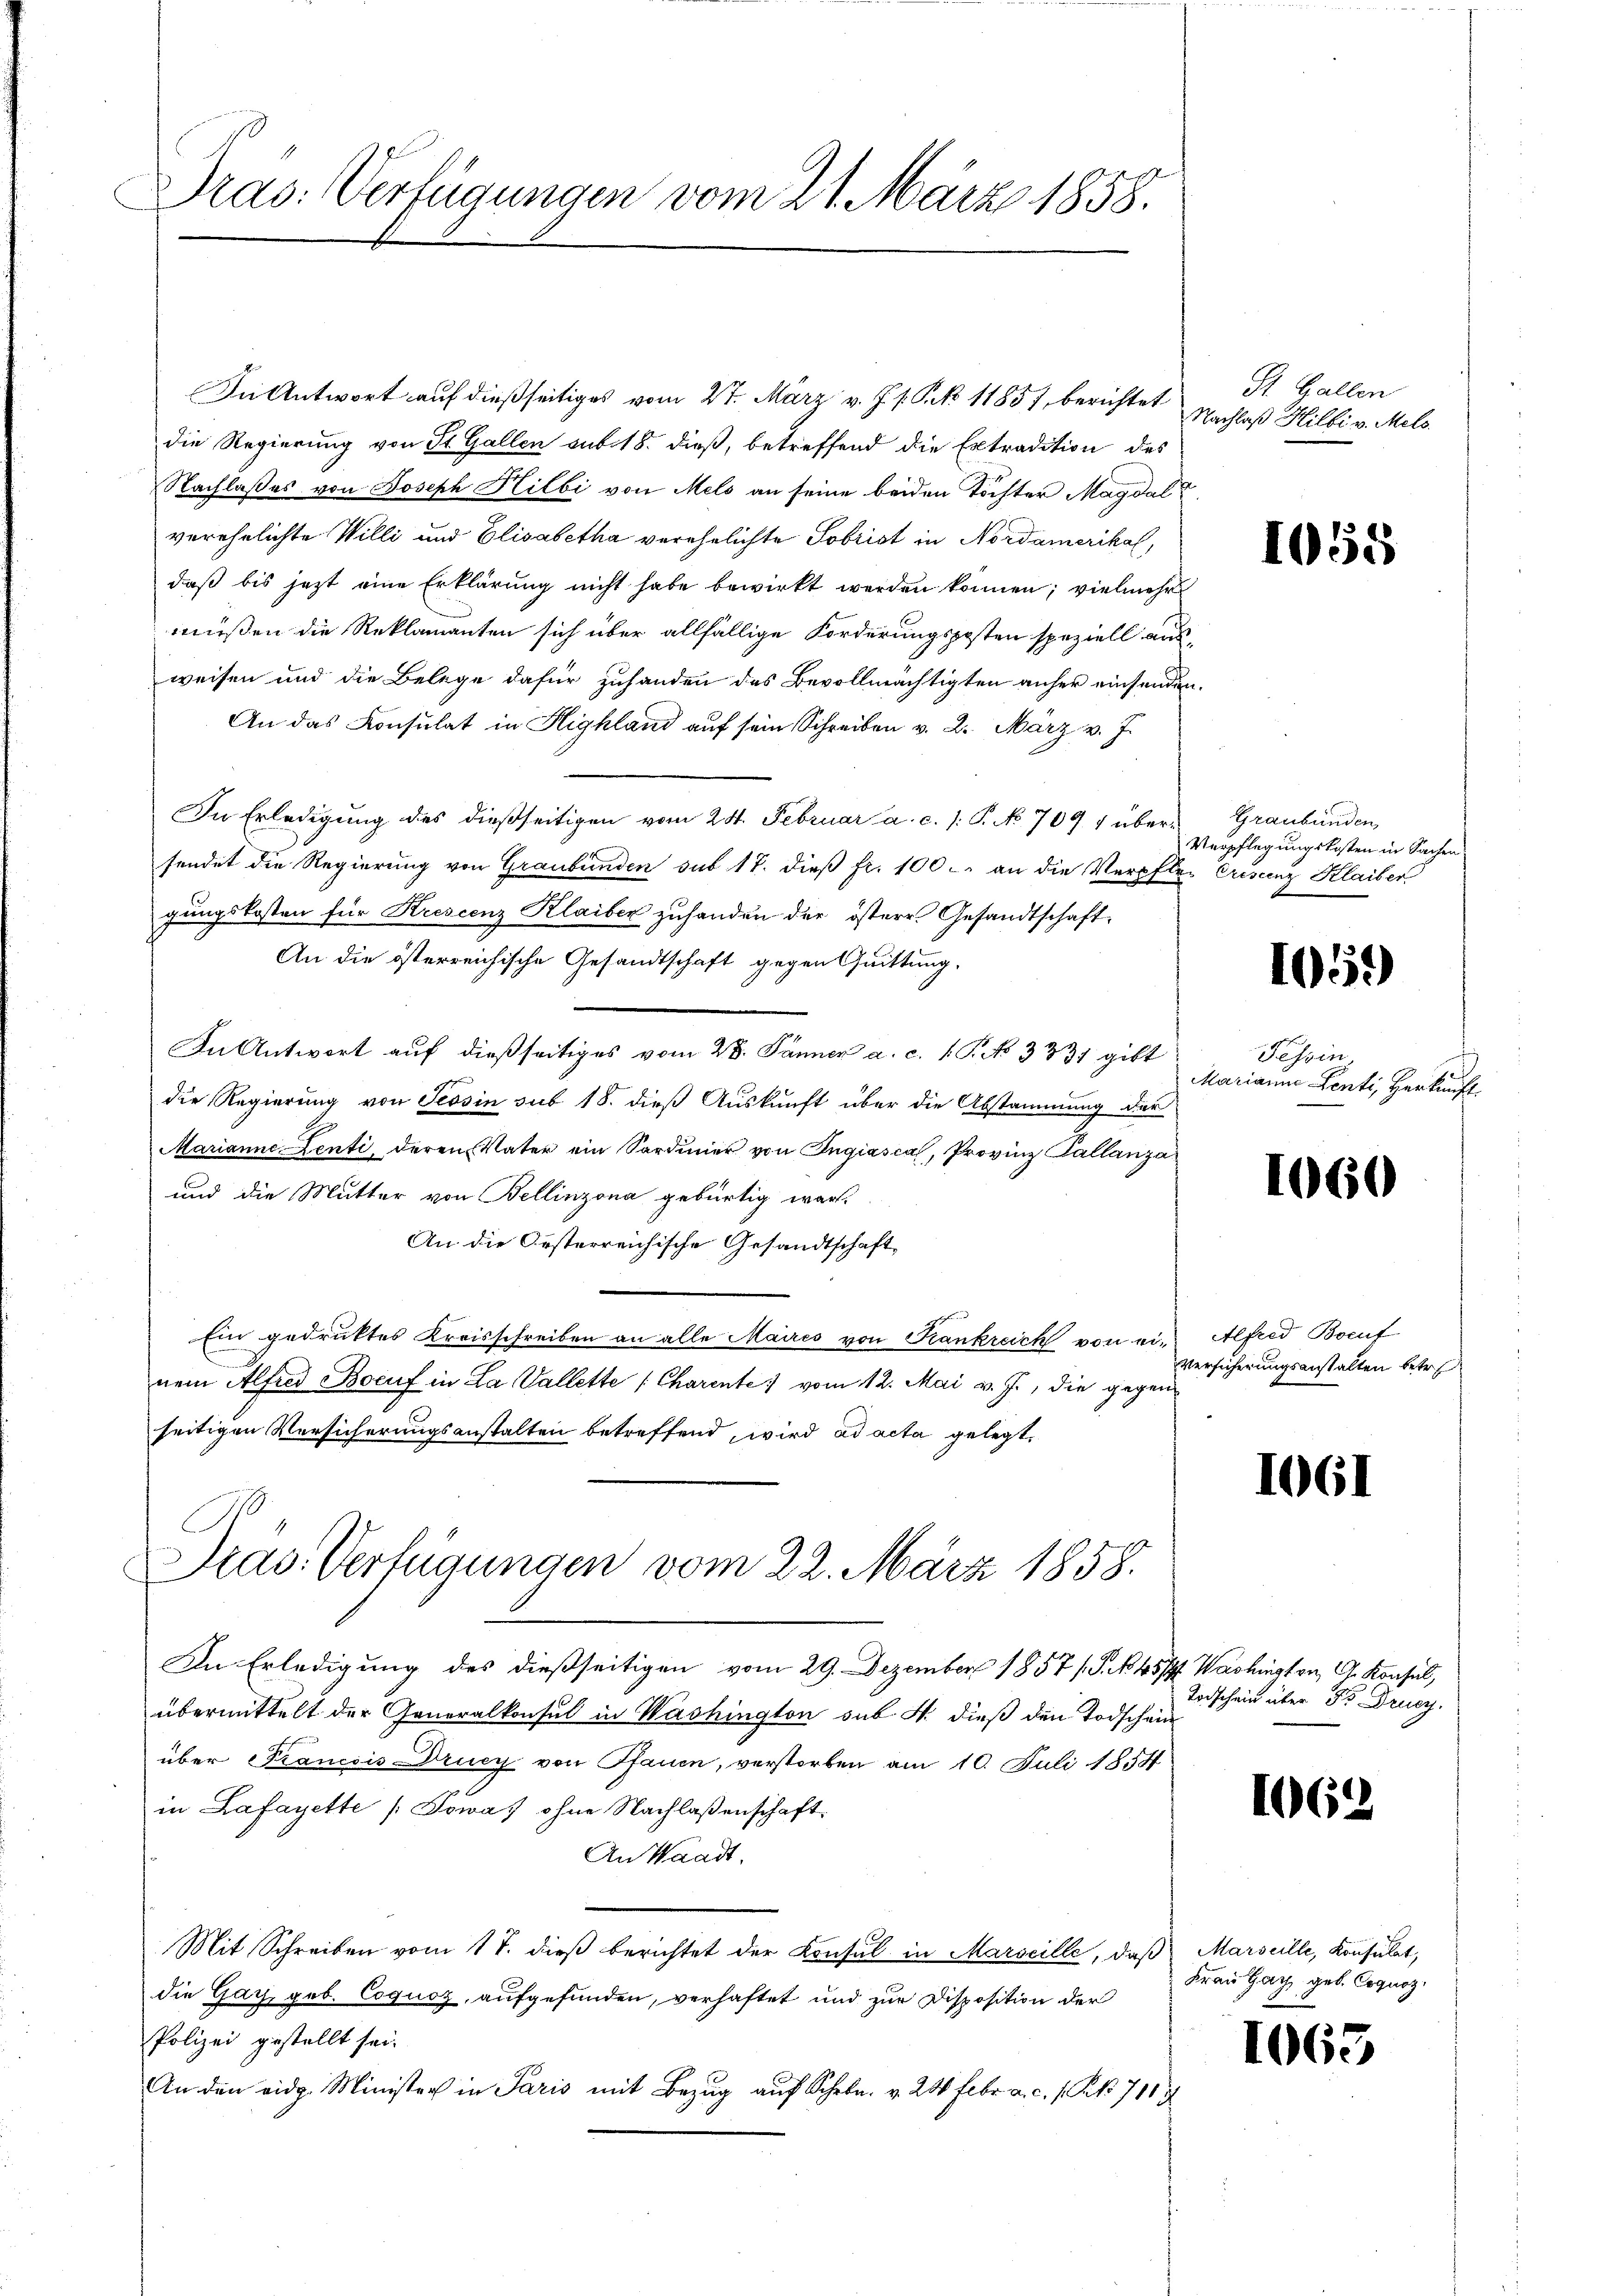
Pras: Verfügungen vom 21. März 1858.

In Antwort auf dießseitiges vom 27. März v. J. s. S. 11857 berichtet
die Regierung von St. Gallen sub 18. dieß, betreffend die Extradition des
Nachlaßes von Joseph Hilbi von Melo an seine beiden Töchter Magdal
verehelichte Willi und Elisabetha verehelichte Sobrist in Nordamerikal,
daß bis jezt eine Erklärung nicht habe bewirkt werden können; vielmehr
müßen die Reklamanten sich über allfällige Forderungsposten speziell aus
weisen und die Belege dafür zuhanden das Bevollmächtigten anher einsendig
An das Konsulat in Highland auf sein Schreiben v. 2. März v. J.
In Erledigung des dießseitigen vom 28. Februar a. c. /: P. No 709 1 über-
sendet die Regierung von Graubünden sub 17. dieß fr. 100. an die Verpfler Crisung Klaiber
gungskosten für Krescenz Klaiber zuhanden der österr. Gesandtschaft,
An die österreichische Gesandtschaft gegen Quittung.
In Antwort auf dießseitiges vom 28. Jänner a. c. 1 S. 333 gibt
die Regierung von Tessin sub 18. dieß Auskunft über die Abstammung der
Marianne Zenti, deren Vater ein Sardinier von Ingiascal, Provinz Tallanza
und die Mutter von Bellinzona gebürtig war.
An die Oesterreichische Gesandtschaft
Ein gedruktes Kreisschreiben an alle Maires von Krankreich von ein Alfred Bocut
nem Alfred Bocuf in La Vallette (Charente: vom 12. Mai v. J., die gegenseitigen Versicherungsanstalten betreffend, wird ad acta gelegt.
Pras. Verfügungen vom 22. März 1858.
In Erledigung des dießseitigen vom 29. Dezember 1857 / S. N. 45 ff. Washington, G. Konsul,
übermittelt der Generalkonsul in Washington sub. 4. dieß den Todschein
über Franccis-Drucy von Pfauen, verstorben am 10. Juli 1854
in Lafayette (Sowa, ohne Nachlaßenschaft
An Waadt,
Mit Schreiben vom 17. dieβ berichtet der Konsul in Marseille, daß Marseille, Konsulat,
die Gay, geb. Coquoz, aufgefunden, verhaftet und zur Disposition der
Polizei gestellt sei.
An den eidg. Minister in Paris mit Bezug auf Schen. v. 20 Febr. a. c. 1 Pf. 710

St. Gallen
Nachlaß Hilbi v. Mels.

1058

Graubünden
Verpflegungskosten in Sachen

1059

Tessin,
Marianna Lenti, Herkunft.

1060

Versicherungsanstalten betre

1061

Todschein über Dr. Drucz.

1062

Frau Hat geb. Copurz

1065